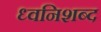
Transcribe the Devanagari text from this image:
ध्वनिशब्द